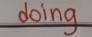
doing